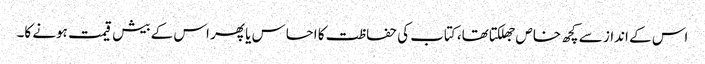
اس کے انداز سے کچھ خاص جھلکتا تھا، کتاب کی حفاظت کا احساس یا پھر اس کے بیش قیمت ہونے کا۔